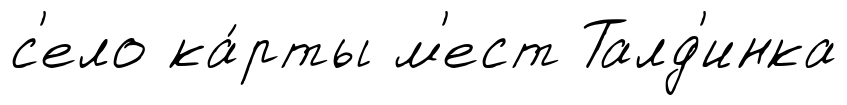
с'ело ка́рты м'ест Талд'инка